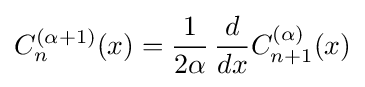
C_{n}^{(\alpha +1)}(x)={\frac {1}{2\alpha }}\!\ {\frac {d}{dx}}C_{n+1}^{(\alpha )}(x)